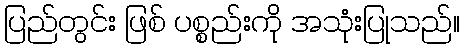
ပြည်တွင်း ဖြစ် ပစ္စည်းကို အသုံးပြုသည်။